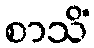
စာသိံ